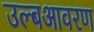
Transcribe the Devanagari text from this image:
उल्बआवरण